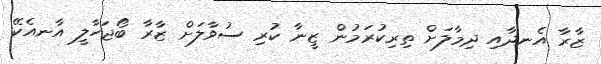
ޒާރާ އެނދާއި ދިމާލަށް ތިރިކުރަމުން ޒީނާ ކުރި ސުވާލަށް ޒާރާ ބޯޖަހާލީ އާނއެކޭ